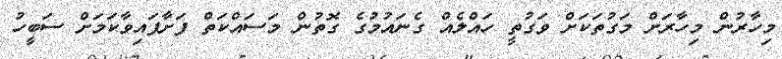
މިހާރުން މިހާރަށް މަގުތަކަށް ވަގުތީ ހައްލެއް ގެނައުމުގެ ގޮތުން މަސައްކަތް ފަށާފައިވާކަމަށް ސަބީހު